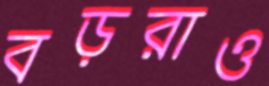
বড়রাও